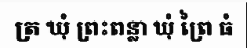
ត្រ ឃុំ ព្រះពន្លា ឃុំ ព្រៃ ធំ